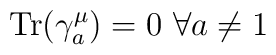
{\mbox {Tr}}(\gamma^\mu_a)=0~\forall a\not=1